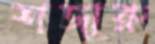
শজারু